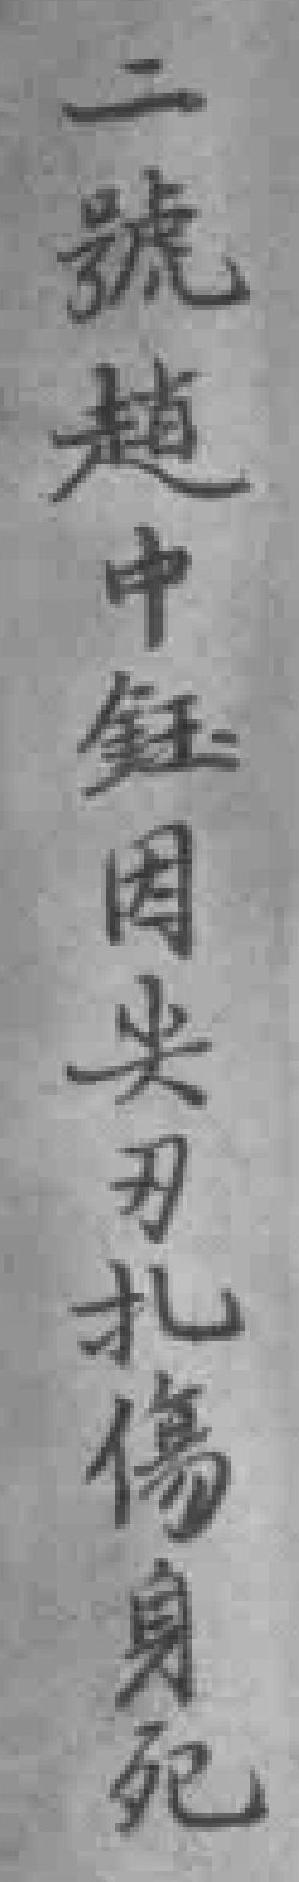
二號趙中鈺因尖刃扎傷身死